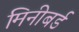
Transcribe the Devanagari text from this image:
मिनीबर्ड